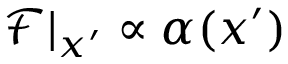
\mathcal { F } | _ { x ^ { \prime } } \propto \alpha ( x ^ { \prime } )